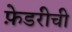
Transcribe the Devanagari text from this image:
फ़ेडरीची